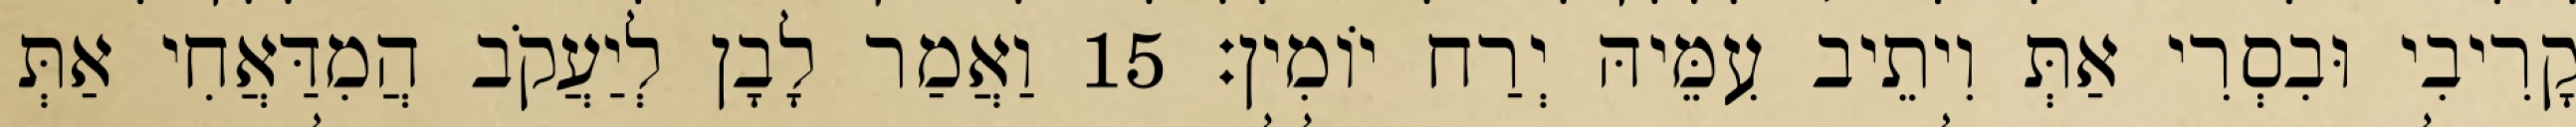
קָרִיבִי וּבִסְרִי אַתְּ וִיתֵיב עִמֵּיהּ יְרַח יוֹמִין׃ 15 וַאֲמַר לָבָן לְיַעֲקֹב הֲמִדַּאֲחִי אַתְּ